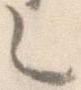
乙